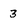
Character: 3